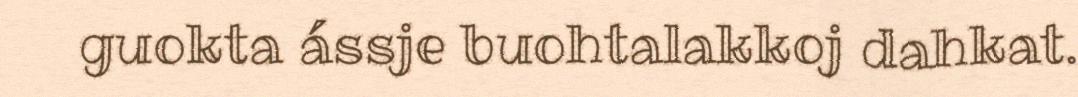
guokta ássje buohtalakkoj dahkat.